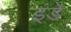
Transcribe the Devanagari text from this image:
इंडे